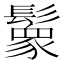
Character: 𩯙